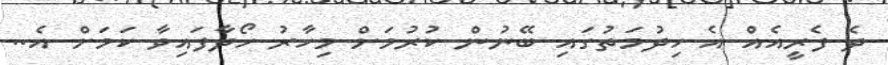
ދެ ފެރީއެއް އެ ހިދުމަތުގައި ބޭނުން ކުރުމަށް މިހާރު ހޯދާފައިވާ ކަމަށް އެ..